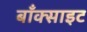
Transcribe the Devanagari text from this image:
बाँक्साइट